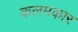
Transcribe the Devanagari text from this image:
कलमकार